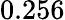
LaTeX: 0.256